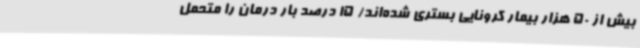
بیش از 50 هزار بیمار کرونایی بستری شده‌اند/ 15 درصد بار درمان را متحمل